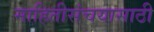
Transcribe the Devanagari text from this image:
माहितीसंचयासाठी